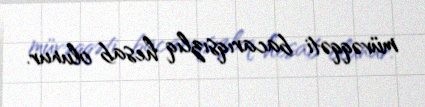
müvəqqəti bacarıqsızlıq hesab olunur.